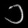
Digit: ၁